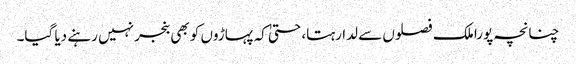
چنانچہ پورا ملک فصلوں سے لدا رہتا، حتیٰ کہ پہاڑوں کو بھی بنجر نہیں رہنے دیا گیا۔